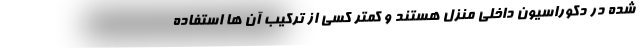
شده در دکوراسیون داخلی منزل هستند و کمتر کسی از ترکیب آن ها استفاده